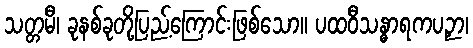
သတ္တမီ၊ ခုနစ်ခုတို့ပြည့်ကြောင်းဖြစ်သော။ ပထဝီသန္ဓာရကပဉှာ၊